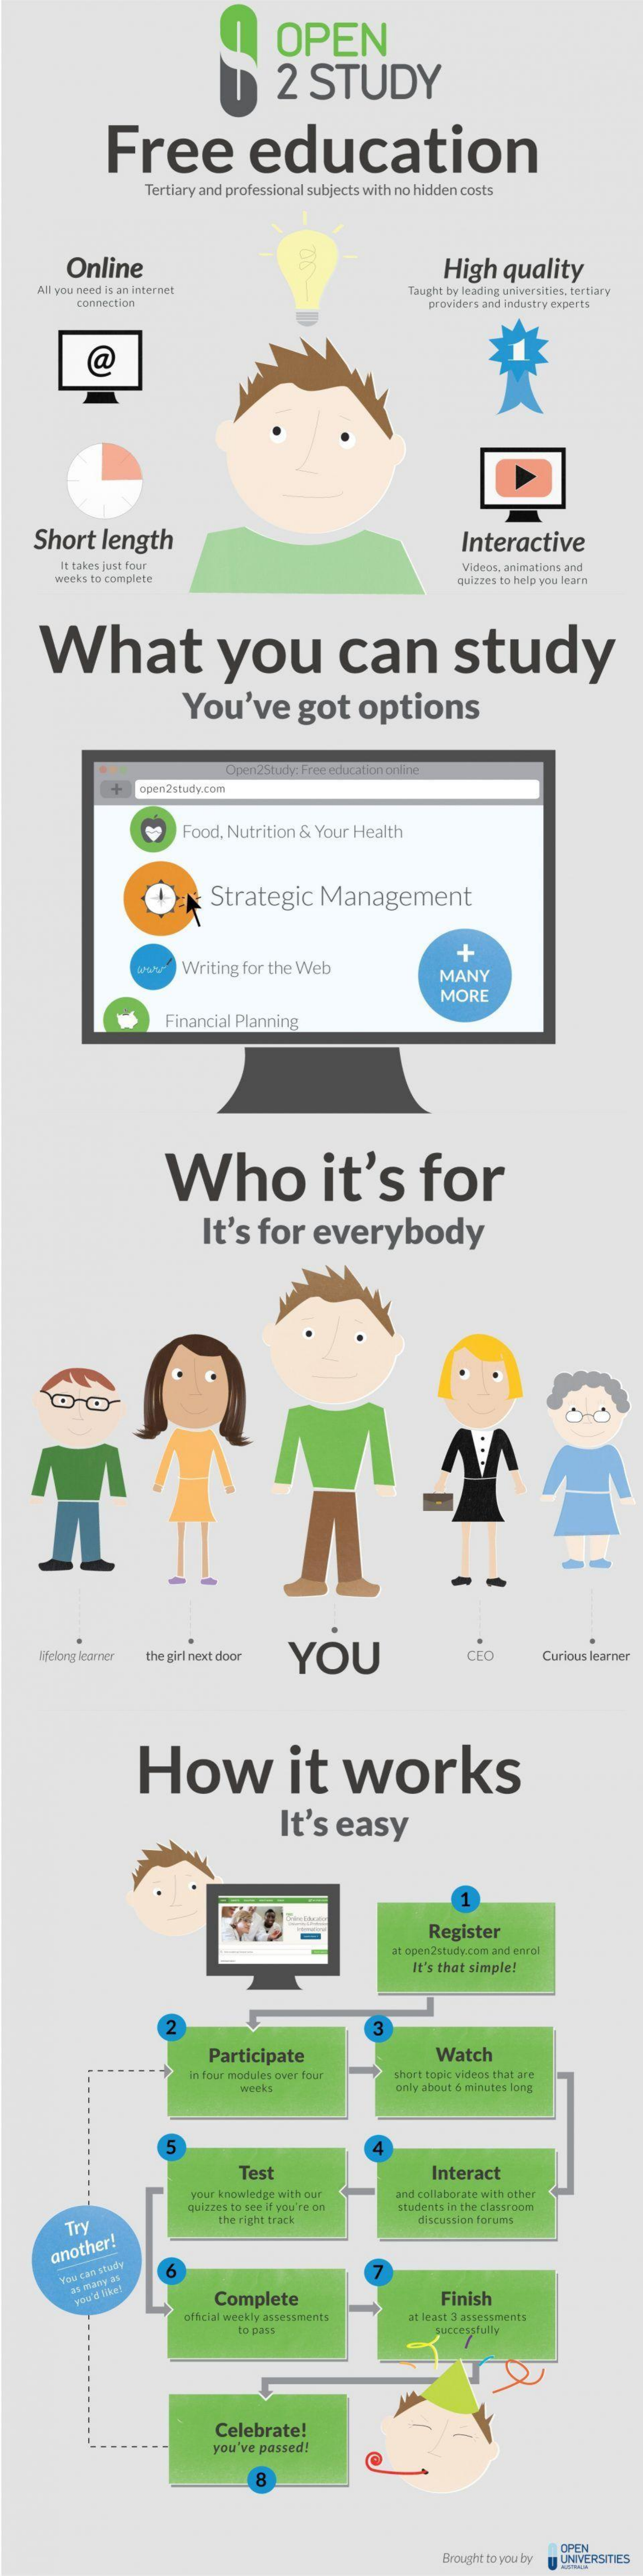
OPEN
     2  STUDY
     Free    education
     Tertiary and professional subjects with no hidden costs
     Online    High  quality
    All you need is an internet    Taught by leading universities, tertiary
     connection    providers and industry experts
     @
    Short length    Interactive
     It takes just four
     weeks to complete
     Videos, animations and
     quizzes to help you learn
    What    you    can    study
     You've    got   options
     +  open2study.com
     Food, Nutrition & Your Health
     Strategic  Management
     Writing for the Web
     +
     MANY
     MORE
     Financial Planning
     Who    it's    for
     It's  for  everybody
     V.V
     the girl next door YOU Ifelong learner CEO Curious learner
     How    it    works
     It's easy
     Register
     at open2study.com and enrol
     It's that simple!
     2    3
     Participate    Watch
     in four modules aver four short topic videos that are
     weeks    only about 6 minutes long
     5
     Test    Interact
     your knowledge with our
     quizzes to see if you're on
     and collaborate with other
     students in the classroom
     Try    the right track    discussion forums
     another!
     6
     You can study
     as many as
     you'd like!
     Complete    Finish
     official weekly assessments at least 3 assessments
     to pass    successfully
     Celebrate!
     you've passed!
     8
     Brought to you by
     OPEN
     UNIVERSITIES